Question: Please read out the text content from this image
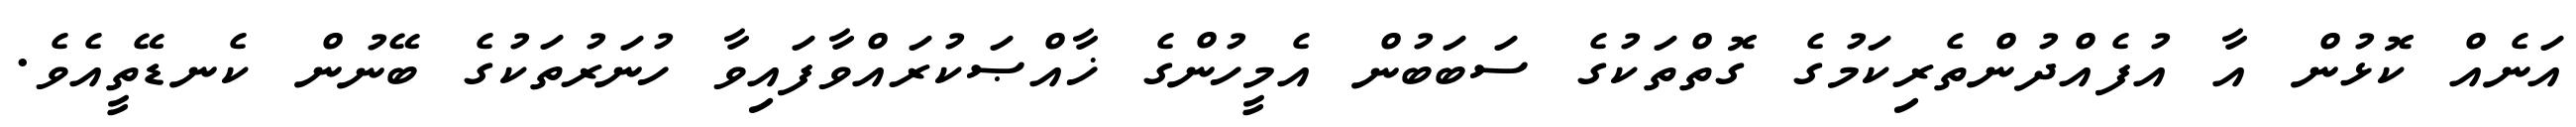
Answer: އަނެއް ކޮޅުން އާ އުފެއްދުންތެރިކަމުގެ ގޮތްތަކުގެ ސަބަބުން އެމީހުންގެ ޚާއްޞަކުރައްވާފައިވާ ހުނަރުތަކުގެ ބޭނުން ކެނޑޭތީއެވެ.